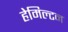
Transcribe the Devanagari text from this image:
हेमिल्‍टन